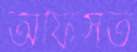
অফিসত